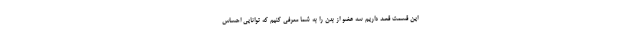
این قسمت قصد داریم سه عضو از بدن را به شما معرفی کنیم که توانایی احساس